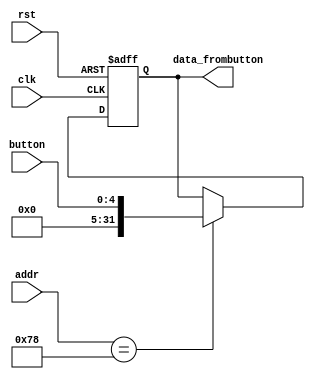
`timescale 1ns / 1ps

module BUTTON (
    input wire clk,
    input wire rst,
    input wire [11:0] addr,
    input wire [4:0] button,
    output reg [31:0] data_frombutton
);

always @ (posedge clk or posedge rst) begin
    if (rst)
        data_frombutton <= 32'h00000000;
    else if (addr == 12'h078)
        data_frombutton <= {27'h0, button[4:0]};
end

endmodule